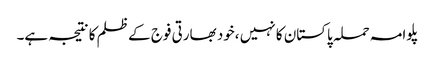
پلوامہ حملہ پاکستان کا نہیں ،خود بھارتی فوج کے ظلم کا نتیجہ ہے۔